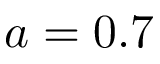
a = 0 . 7